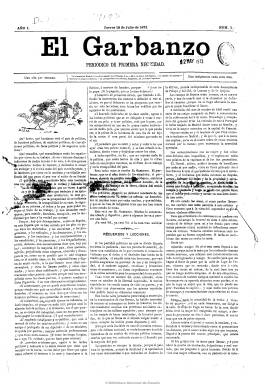
Título: El Garbanzo (Madrid)
Colección: Revistas satíricas y humorísticas || Periódicos
Ámbito geográfico: Madrid
Lugar de publicación: Madrid
Fechas: 18/07/1872-24/04/1873

Semanario (salía los jueves) de carácter humorístico fundado y dirigido por el zaragozano Eusebio Blasco Soler (1844-1903), uno de los más fecundos e ingeniosos escritores y periodistas del último tercio del siglo diecinueve y demócrata centrista que terminará siendo ganado por la causa alfonsina y la Restauración y el Partido Conservador de Cánovas del Castillo. Aparece su primer número el 18 de julio de 1872 y su colección alcanza hasta el 24 de abril de 1873 (es decir, en pleno sexenio revolucionario, entre el reinado de Amadeo de Saboya y la proclamación de la Primera República Española), con entregas de cuatro páginas compuestas a tres columnas. A partir de su tercer número será ilustrado con grabados (dibujos, caricaturas y viñetas) del pintor José Luis Pellicer Feñé (1842-1901). Lleva el socarrón subtítulo de “periódico de primera necesidad”, al que se le añaden los lemas sarcásticos: “Una olla por semana” y “Una indigestión cada ocho días”.

Se trata de una empresa periodística personal de Blasco, que se define como independiente de los partidos políticos, “defensor de todas las clases independientes, trabajadoras y agenas a la política”, pero con textos (en prosa y en verso) sobre política y costumbres sociales e ilustraciones, que a veces ocupan toda su primera página, y en cuyos pies se encuentra la gracia de los tipos y las escenas dibujadas. Inserta breves artículos, croniquillas, sueltos, poemas, jeroglíficos, charadas, acertijos, y tiene, al final, una sección que parodia los anuncios comerciales, publicando también otros verdaderos. Sus textos tienen epígrafes como Tipos políticos, Caricaturas parlamentarias o La semana.

Blasco será también, al principio, el único autor de los textos, pero más adelante formarán la redacción Miguel Ramos Carrión, Vital Aza, Andrés Ruigomez, Pascual Ximénez Crós y Eduardo Palacio, habiendo entre todos ellos “un carlista, un conservador, un republicano, un radical y dos indiferentes. Unidos todos en una misma idea, la prosperidad de los intereses materiales del país, venga por quien viniere”, como el mismo propietario de la publicación expresa en el número correspondiente al dos de enero de 1873. Además, en sus páginas aparecerán textos firmados por Carlos Cano, José M. Bugallo o Fernando Sudrave, así como ilustraciones de los dibujantes Urrabieta y Ortego, llegando a publicar una plana entera de caricaturas.

En el citado primer número de 1873, Blasco se suma a lo que considera alejamiento y desconfianza del público de los partidos políticos, que “sólo desea tranquilidad, orden, facilidad de trabajar, administración barata y bien servida, seguridad personal, pagar poco y trabajar mucho”, da cuenta también de los gastos e ingresos de su publicación festiva -“que no recibe inspiraciones ni subvenciones de nadie y que funda su reputación en su independencia”-, e indica que desde que comenzó a editarla habían aparecido y desaparecido “nada menos que cuarenta y dos periódicos callejeros” con los que había competido, alcanzando una tirada de 27.000 ejemplares con las suscripciones más baratas de España (cinco reales el trimestre).

Pero el semanario de Blasco también será otra publicación de corta vida en un periodo de ejercicio de máxima libertad de expresión, que apenas superará los ocho meses de vida, y en el que edita también Almanaque de El Garbanzo para 1873 (también en la colección de la Biblioteca Nacional de España) y la publicación por entregas con el título Madrid por dentro y por fuera.